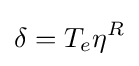
\delta =T_{e}\eta ^{R}